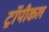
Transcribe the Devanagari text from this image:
ट्रॉपीकल